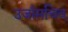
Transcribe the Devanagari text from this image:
उर्जासचिव